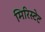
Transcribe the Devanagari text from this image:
मिरिस्टेट